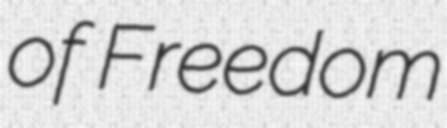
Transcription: of Freedom